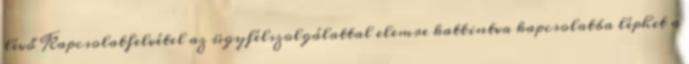
lévő Kapcsolatfelvétel az ügyfélszolgálattal elemre kattintva kapcsolatba léphet a